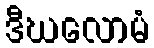
ဒီဃလောမံ